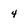
Character: 4